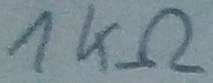
Text: 1KΩ